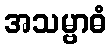
အသမ္ဗာဓံ